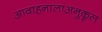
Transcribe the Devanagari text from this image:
आवाहनालाअनुकूल